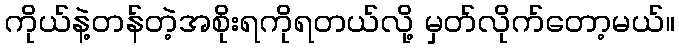
ကိုယ်နဲ့တန်တဲ့အစိုးရကိုရတယ်လို့ မှတ်လိုက်တော့မယ်။